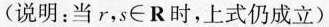
(说明：当r，s\in R时，上式仍成立)